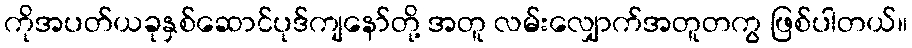
ကိုအပတ်ယခုနှစ်ဆောင်ပုဒ်ကျနော်တို့ အတူ လမ်းလျှောက်အတူတကွ ဖြစ်ပါတယ်။